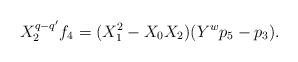
LaTeX: \begin{align*}X_{2}^{q-q'}f_{4}=(X_{1}^2-X_{0}X_{2})(Y^wp_{5}-p_{3}).\end{align*}